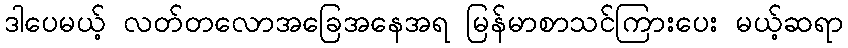
ဒါပေမယ့် လတ်တလောအခြေအနေအရ မြန်မာစာသင်ကြားပေး မယ့်ဆရာ